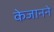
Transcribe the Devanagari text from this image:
केजानने